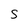
Character: s